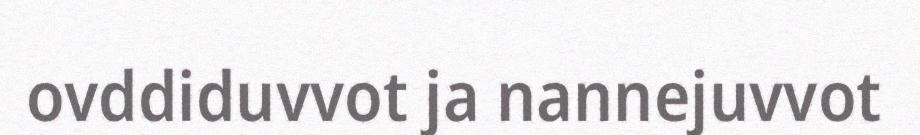
ovddiduvvot ja nannejuvvot